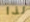
لذا